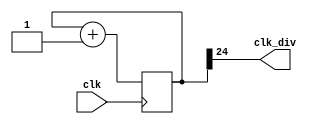
`timescale 1ns / 1ps
module clock_divider(clk,clk_div);
    input clk;
    output clk_div;
    parameter n = 25;
    reg[n-1:0]num = 0;
    wire[n-1:0]next_num;
    always@(posedge clk)begin
        num <= next_num;
    end
    assign next_num = num + 1;
    assign clk_div = num[n-1];
endmodule
module test(
    input clk,
    output reg[15:0] led
);
    integer i;
    wire clk_div27;
    clock_divider #(27) div2(.clk(clk), .clk_div(clk_div27));
    always @(posedge clk_div27) begin
        led = (led[0] == 1) ? 16'b0000000000000000 : 16'b1111111111111111;
    end
endmodule